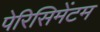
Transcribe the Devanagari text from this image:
पेरिसिमेंटम